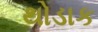
થોડાક